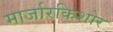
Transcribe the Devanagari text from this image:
मार्जारकिशोर